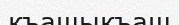
къашыкъаш